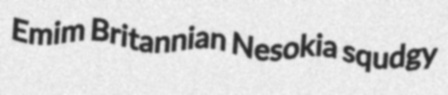
Emim Britannian Nesokia squdgy